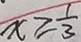
x \geq \frac { 1 } { 3 }